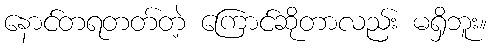
နောင်တရတတ်တဲ့ ကြောင်ဆိုတာလည်း မရှိဘူး။